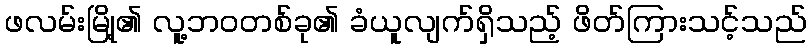
ဖလမ်းမြို့၏ လူ့ဘဝတစ်ခု၏ ခံယူလျက်ရှိသည့် ဖိတ်ကြားသင့်သည်